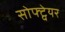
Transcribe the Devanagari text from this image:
सोफ्ट्वेयर